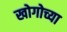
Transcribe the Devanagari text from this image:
खोगोच्या